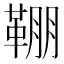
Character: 𩋒